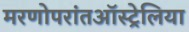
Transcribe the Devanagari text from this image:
मरणोपरांतऑस्ट्रेलिया